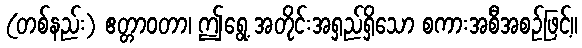
(တစ်နည်း) ဧတ္တာဝတာ၊ ဤရွေ့ အတိုင်းအရှည်ရှိသော စကားအစီအစဉ်ဖြင့်။